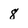
Character: 8